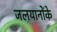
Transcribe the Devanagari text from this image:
जलयानोंके